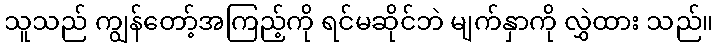
သူသည် ကျွန်တော့်အကြည့်ကို ရင်မဆိုင်ဘဲ မျက်နှာကို လွှဲထား သည်။